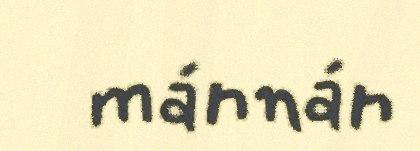
mánnán